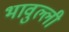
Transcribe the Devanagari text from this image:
भावुल्ली